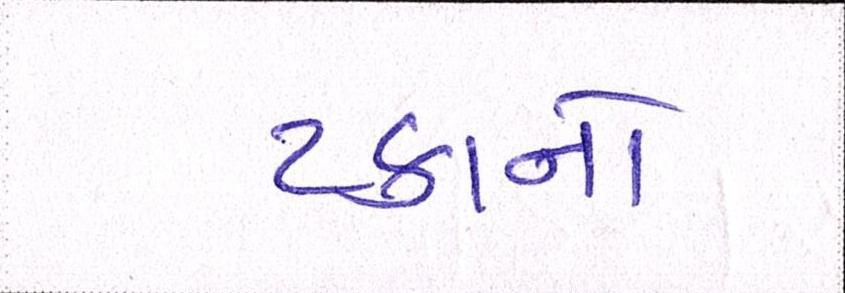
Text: ટકાનો